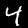
Digit: 4